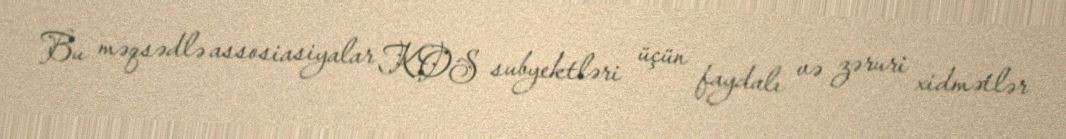
Bu məqsədlə assosiasiyalar KOS subyektləri üçün faydalı və zəruri xidmətlər